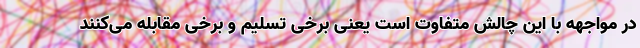
در مواجهه با این چالش متفاوت است یعنی برخی تسلیم و برخی مقابله می‌کنند